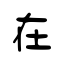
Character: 在